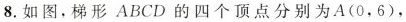
8.如图，梯形ABCD的四个顶点分别为A(0，6)，